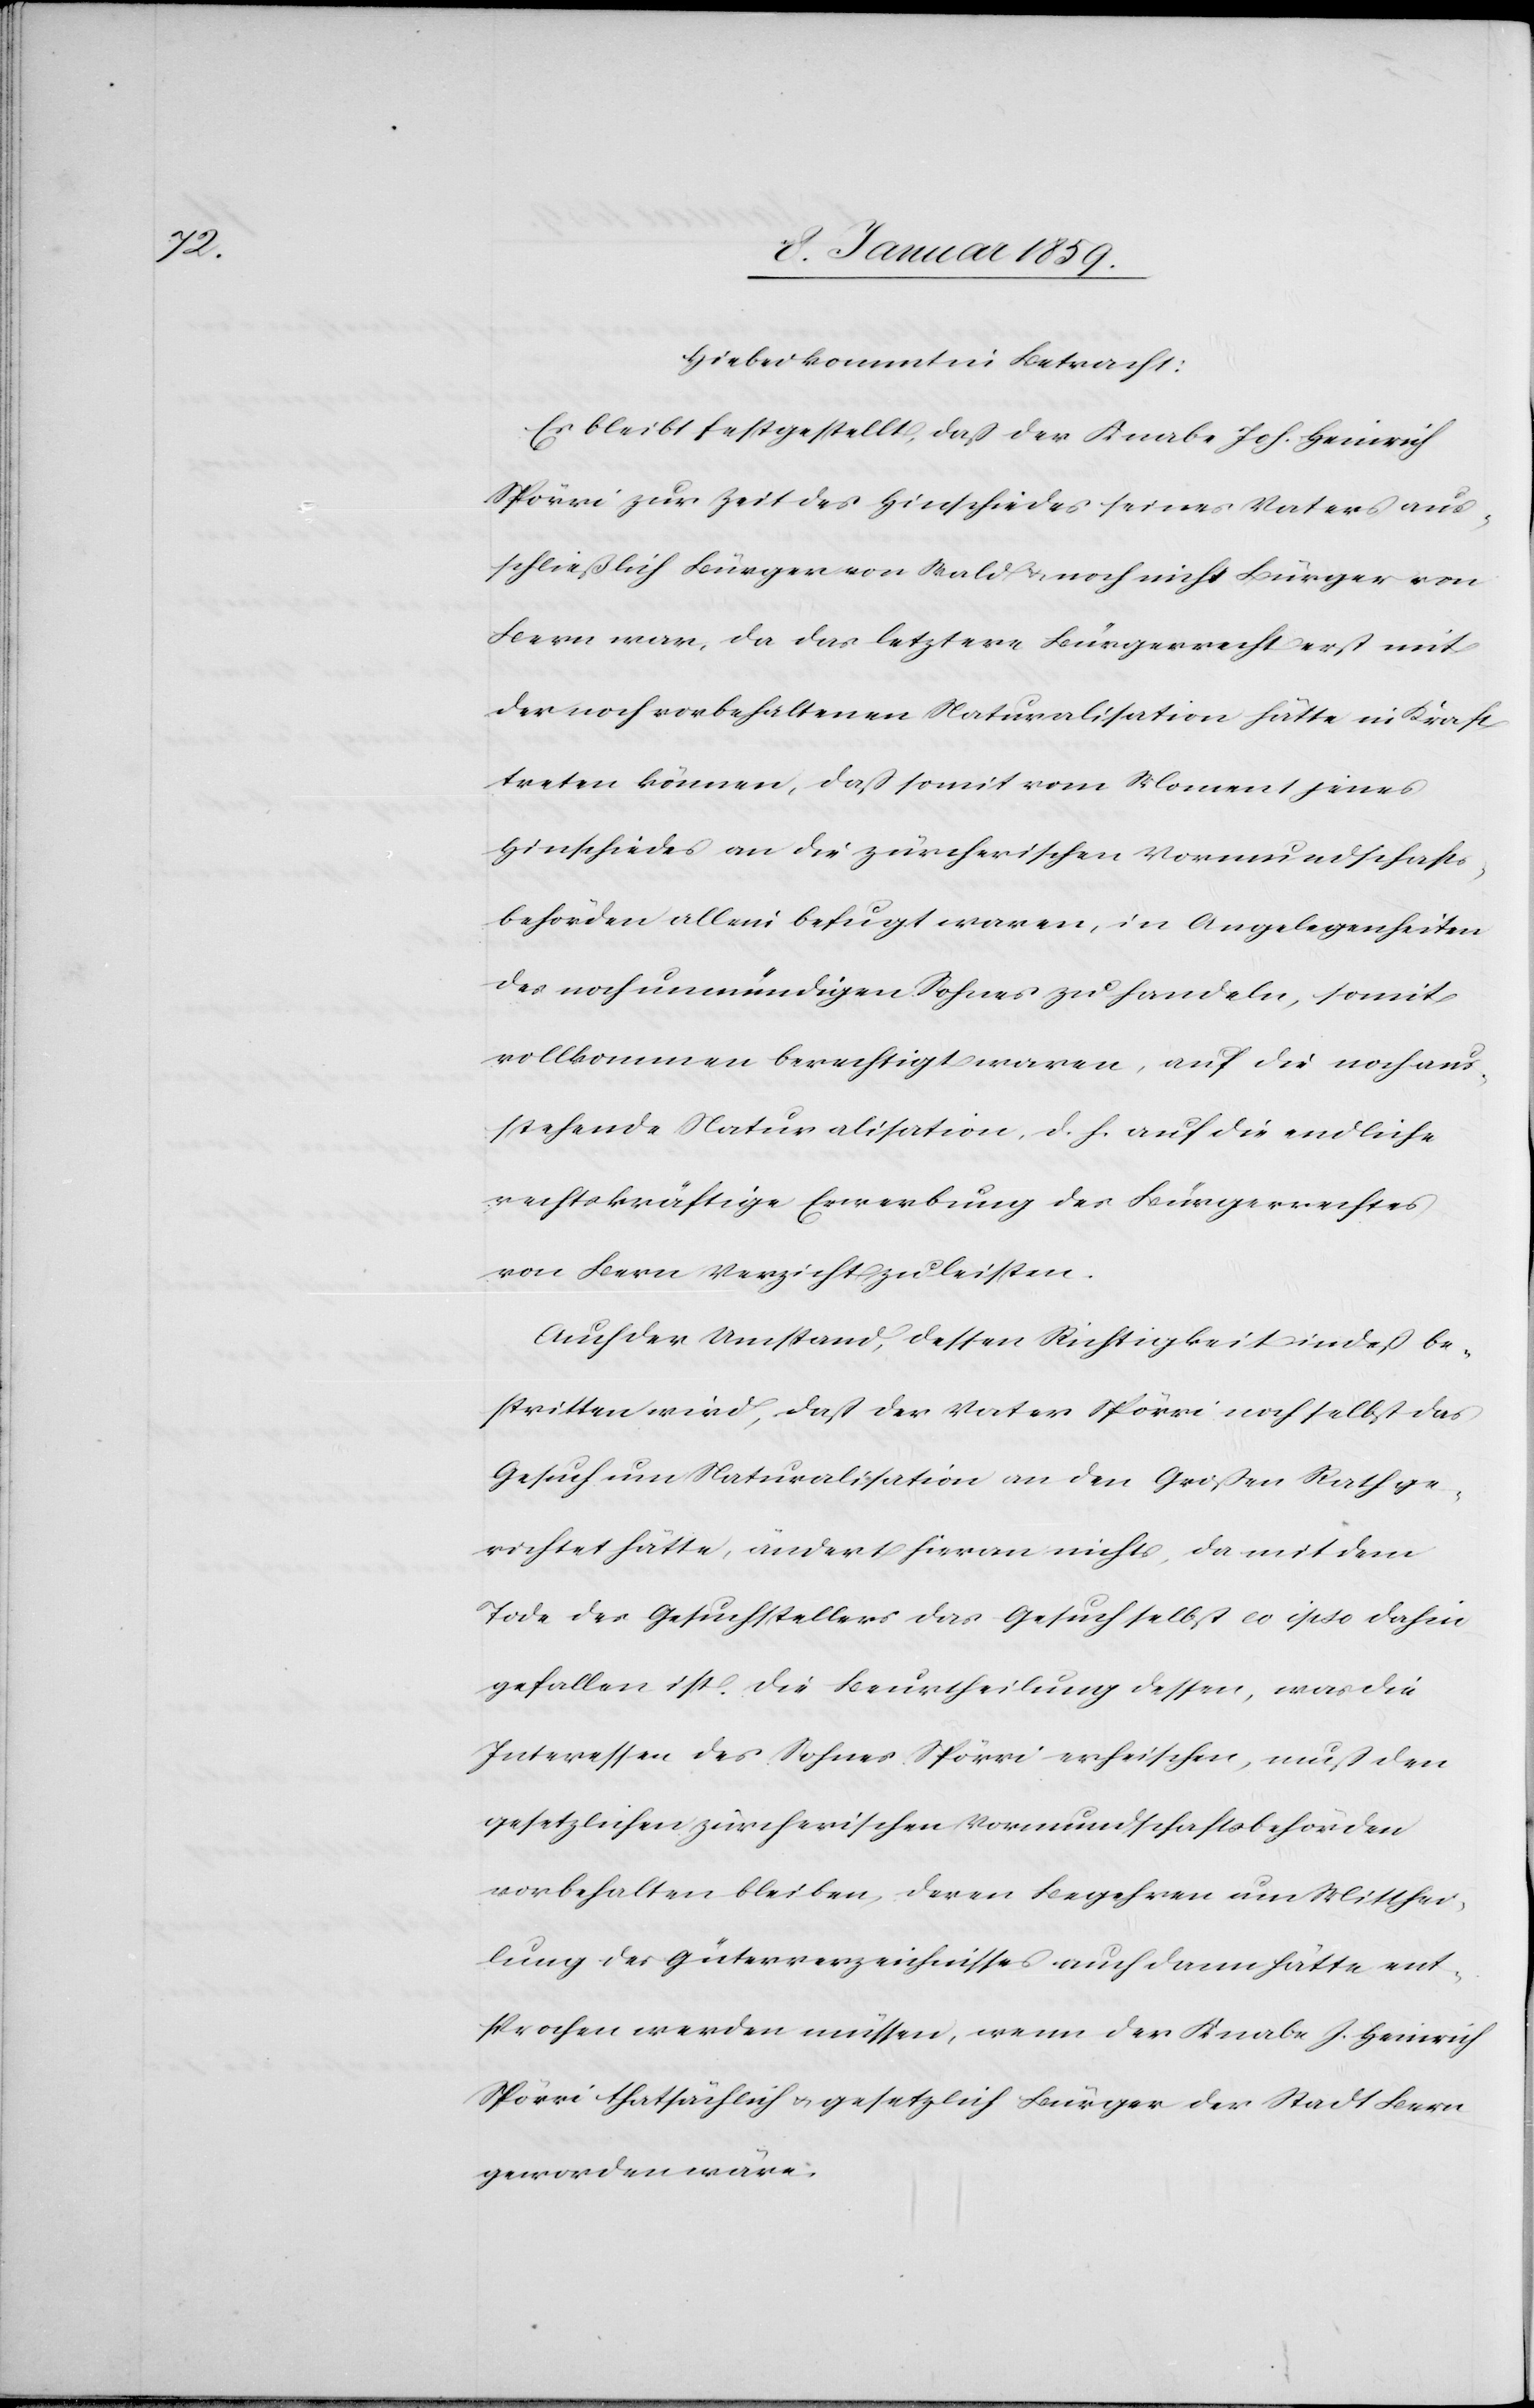
Hiebei kommt in Betracht:
Es bleibt festgestellt, daß der Knabe Joh. Heinrich
Spörri zur Zeit des Hinschiedes seines Vaters aus¬
schließlich Bürger von Wald u. noch nicht Bürger von
Bern war, da das letztere Bürgerrecht erst mit
der noch vorbehaltenen Naturalisation hätte in Kraft
treten können, daß somit vom Moment jenes
Hinschiedes an die zürcherischen Vormundschafts¬
behörden allein befugt waren, in Angelegenheiten
des noch unmündigen Sohnes zu handeln, somit
vollkommen berechtigt waren, auf die noch aus¬
stehende Naturalisation, d. h. auf die endliche
rechtskräftige Erwerbung des Bürgerrechtes
von Bern Verzicht zu leisten.
Auch der Umstand, dessen Richtigkeit indeß be¬
stritten wird, daß der Vater Spörri noch selbst das
Gesuch um Naturalisation an den Großen Rath ge¬
richtet hätte, ändert hieran nichts, da mit dem
Tode des Gesuchstellers das Gesuch selbst eo ipso dahin
gefallen ist. Die Beurtheilung dessen, was die
Interessen des Sohnes Spörri erheischen, muß den
gesetzlichen zürcherischen Vormundschaftsbehörden
vorbehalten bleiben, deren Begehren um Mitthei¬
lung des Güterverzeichnisses auch dann hätte ent¬
sprochen werden müssen, wenn der Knabe J. Heinrich
Spörri thatsächlich u. gesetzlich Bürger der Stadt Bern
geworden wäre.